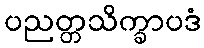
ပညတ္တသိက္ခာပဒံ